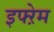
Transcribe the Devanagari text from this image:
इफ्ऱेम